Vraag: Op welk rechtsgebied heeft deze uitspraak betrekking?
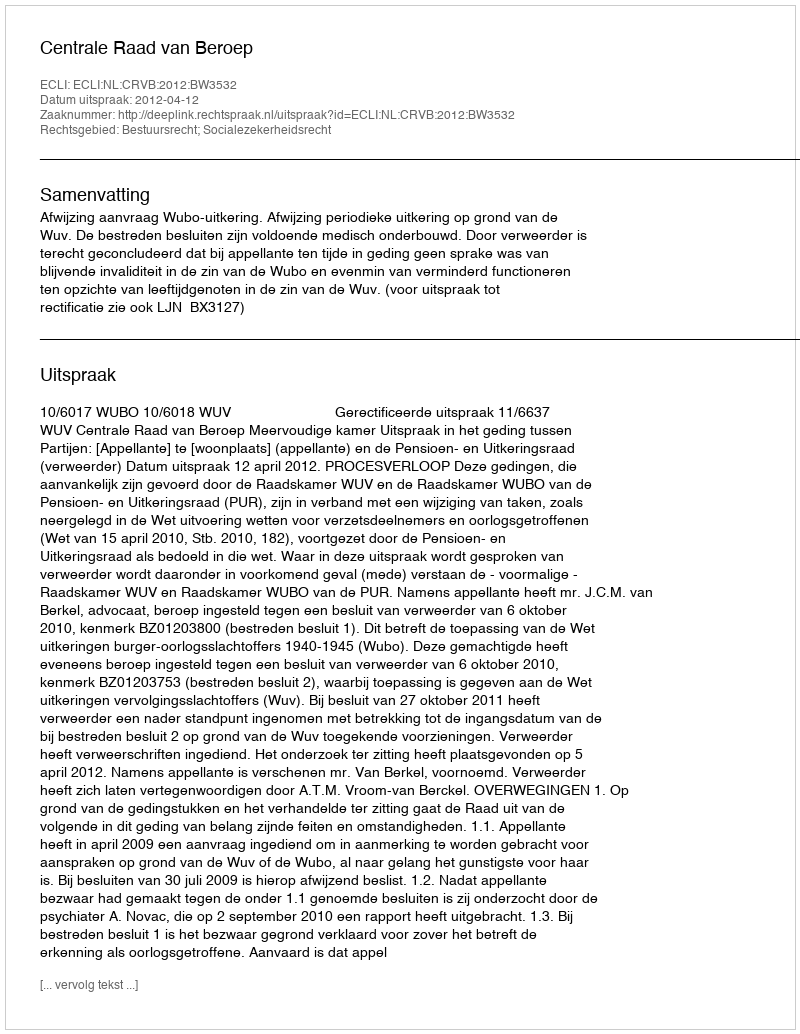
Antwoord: Bestuursrecht; Socialezekerheidsrecht